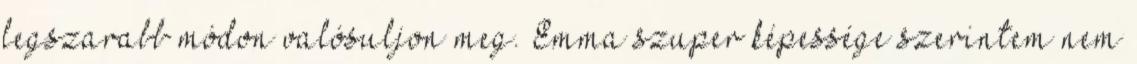
legszarabb módon valósuljon meg. Emma szuper képessége szerintem nem